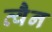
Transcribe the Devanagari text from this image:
त्वैन